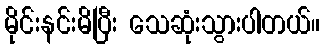
မိုင်းနင်းမိပြီး သေဆုံးသွားပါတယ်။